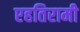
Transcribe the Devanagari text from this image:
एहतिरामी